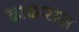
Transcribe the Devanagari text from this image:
द्राक्षरास